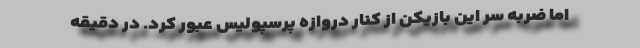
اما ضربه سر این بازیکن از کنار دروازه پرسپولیس عبور کرد. در دقیقه